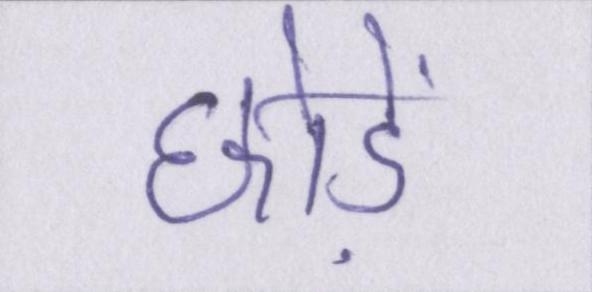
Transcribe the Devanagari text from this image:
छोड़ें